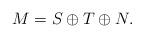
LaTeX: \begin{align*}M= S \oplus T\oplus N. \end{align*}